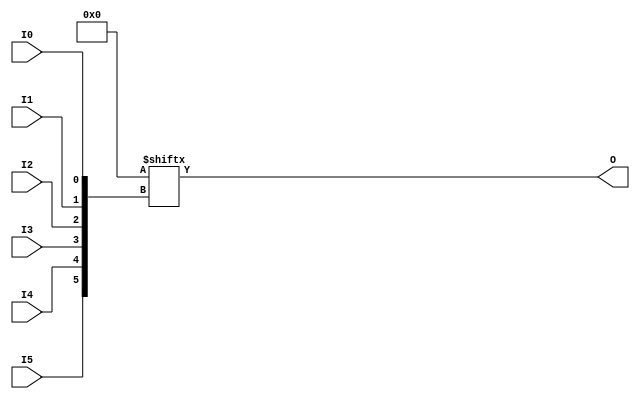
module LUT6 (O, I0, I1, I2, I3, I4, I5);

  parameter INIT = 64'h0000000000000000;

`ifdef XIL_TIMING

  parameter LOC = "UNPLACED";

`endif

  output O;
  input I0, I1, I2, I3, I4, I5;

  wire a0, a1, a2, a3, a4, a5;
  wire o_out_tmp;

  buf b0 (a0, I0);
  buf b1 (a1, I1);
  buf b2 (a2, I2);
  buf b3 (a3, I3);
  buf b4 (a4, I4);
  buf b5 (a5, I5);
  buf b6 (O, o_out_tmp);

  reg o_out;
  reg tmp;
  assign o_out_tmp = o_out;

  always @( a5 or a4 or a3 or  a2 or  a1 or  a0 )  begin

    tmp =  a0 ^ a1  ^ a2 ^ a3 ^ a4 ^ a5;

    if ( tmp == 0 || tmp == 1)

        o_out = INIT[{a5, a4, a3, a2, a1, a0}];

    else

      o_out =  lut6_mux8 ( {lut6_mux8 ( INIT[63:56], {a2, a1, a0}),
                          lut6_mux8 ( INIT[55:48], {a2, a1, a0}),
                          lut6_mux8 ( INIT[47:40], {a2, a1, a0}),
                          lut6_mux8 ( INIT[39:32], {a2, a1, a0}),
                          lut6_mux8 ( INIT[31:24], {a2, a1, a0}),
                          lut6_mux8 ( INIT[23:16], {a2, a1, a0}),
                          lut6_mux8 ( INIT[15:8], {a2, a1, a0}),
                          lut6_mux8 ( INIT[7:0], {a2, a1, a0}) }, {a5, a4, a3});
  end



  specify

	(I0 => O) = (0:0:0, 0:0:0);
	(I1 => O) = (0:0:0, 0:0:0);
	(I2 => O) = (0:0:0, 0:0:0);
	(I3 => O) = (0:0:0, 0:0:0);
	(I4 => O) = (0:0:0, 0:0:0);
	(I5 => O) = (0:0:0, 0:0:0);
	specparam PATHPULSE$ = 0;

  endspecify


  function lut6_mux8;
  input [7:0] d;
  input [2:0] s;
   
  begin

       if ((s[2]^s[1]^s[0] ==1) || (s[2]^s[1]^s[0] ==0))
           
           lut6_mux8 = d[s];

         else
           if ( ~(|d))
                 lut6_mux8 = 1'b0;
           else if ((&d))
                 lut6_mux8 = 1'b1;
           else if (((s[1]^s[0] ==1'b1) || (s[1]^s[0] ==1'b0)) && (d[{1'b0,s[1:0]}]==d[{1'b1,s[1:0]}]))
                 lut6_mux8 = d[{1'b0,s[1:0]}];
           else if (((s[2]^s[0] ==1) || (s[2]^s[0] ==0)) && (d[{s[2],1'b0,s[0]}]==d[{s[2],1'b1,s[0]}]))
                 lut6_mux8 = d[{s[2],1'b0,s[0]}];
           else if (((s[2]^s[1] ==1) || (s[2]^s[1] ==0)) && (d[{s[2],s[1],1'b0}]==d[{s[2],s[1],1'b1}]))
                 lut6_mux8 = d[{s[2],s[1],1'b0}];
           else if (((s[0] ==1) || (s[0] ==0)) && (d[{1'b0,1'b0,s[0]}]==d[{1'b0,1'b1,s[0]}]) &&
              (d[{1'b0,1'b0,s[0]}]==d[{1'b1,1'b0,s[0]}]) && (d[{1'b0,1'b0,s[0]}]==d[{1'b1,1'b1,s[0]}]))
                 lut6_mux8 = d[{1'b0,1'b0,s[0]}];
           else if (((s[1] ==1) || (s[1] ==0)) && (d[{1'b0,s[1],1'b0}]==d[{1'b0,s[1],1'b1}]) &&
              (d[{1'b0,s[1],1'b0}]==d[{1'b1,s[1],1'b0}]) && (d[{1'b0,s[1],1'b0}]==d[{1'b1,s[1],1'b1}]))
                 lut6_mux8 = d[{1'b0,s[1],1'b0}];
           else if (((s[2] ==1) || (s[2] ==0)) && (d[{s[2],1'b0,1'b0}]==d[{s[2],1'b0,1'b1}]) &&
              (d[{s[2],1'b0,1'b0}]==d[{s[2],1'b1,1'b0}]) && (d[{s[2],1'b0,1'b0}]==d[{s[2],1'b1,1'b1}]))
                 lut6_mux8 = d[{s[2],1'b0,1'b0}];
           else
                 lut6_mux8 = 1'bx;
   end
  endfunction

endmodule